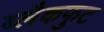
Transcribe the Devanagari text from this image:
ब्लैकफुट